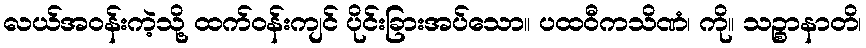
လယ်အဝန်းကဲ့သို့ ထက်ဝန်းကျင် ပိုင်းခြားအပ်သော။ ပထဝီကသိဏံ၊ ကို။ သဉ္စာနာတိ၊